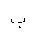
Letter: _ba